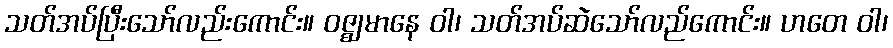
သတ်အပ်ပြီးသော်လည်းကောင်း။ ဝဇ္ဈမာနေ ဝါ၊ သတ်အပ်ဆဲသော်လည်ကောင်း။ ဟတေ ဝါ၊